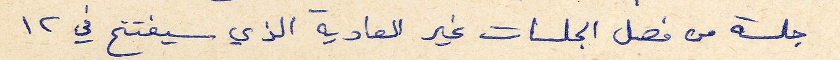
جلسة من فصل الجلسات غير العادية الذي سيفتتح في ١٢